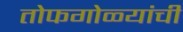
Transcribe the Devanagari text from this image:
तोफगोळ्यांची